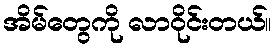
အိမ်တွေကို လာဝိုင်းတယ်။